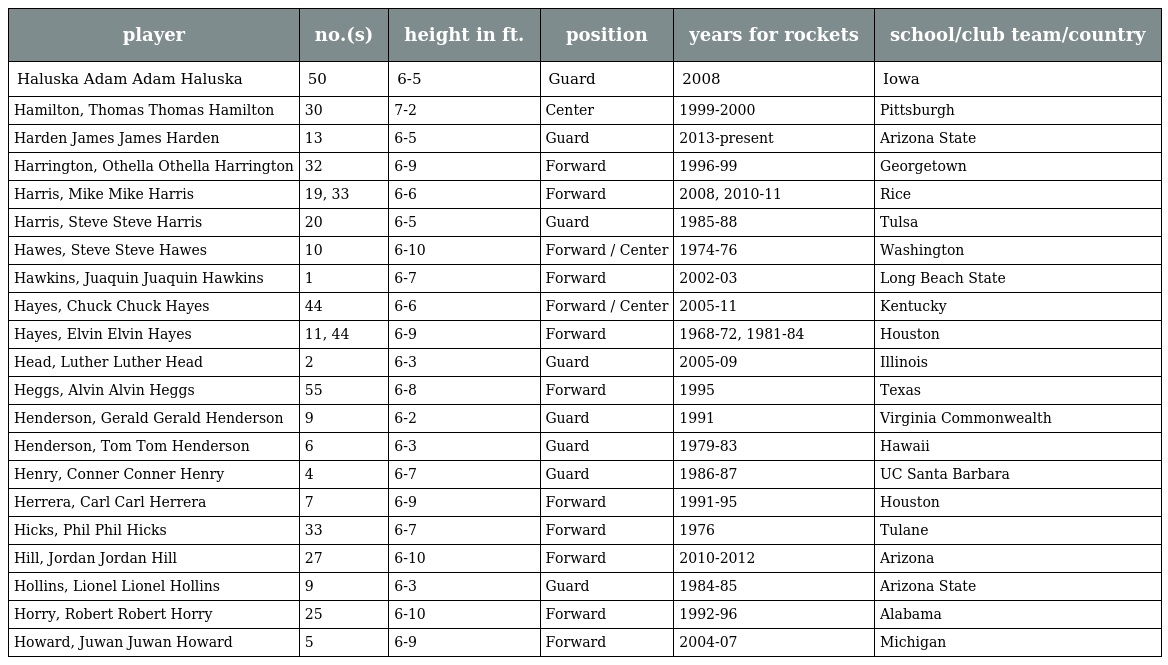
| player | no.(s) | height in ft. | position | years for rockets | school/club team/country |
 | --- | --- | --- | --- | --- | --- |
 | Haluska Adam Adam Haluska | 50 | 6-5 | Guard | 2008 | Iowa |
 | Hamilton, Thomas Thomas Hamilton | 30 | 7-2 | Center | 1999-2000 | Pittsburgh |
 | Harden James James Harden | 13 | 6-5 | Guard | 2013-present | Arizona State |
 | Harrington, Othella Othella Harrington | 32 | 6-9 | Forward | 1996-99 | Georgetown |
 | Harris, Mike Mike Harris | 19, 33 | 6-6 | Forward | 2008, 2010-11 | Rice |
 | Harris, Steve Steve Harris | 20 | 6-5 | Guard | 1985-88 | Tulsa |
 | Hawes, Steve Steve Hawes | 10 | 6-10 | Forward / Center | 1974-76 | Washington |
 | Hawkins, Juaquin Juaquin Hawkins | 1 | 6-7 | Forward | 2002-03 | Long Beach State |
 | Hayes, Chuck Chuck Hayes | 44 | 6-6 | Forward / Center | 2005-11 | Kentucky |
 | Hayes, Elvin Elvin Hayes | 11, 44 | 6-9 | Forward | 1968-72, 1981-84 | Houston |
 | Head, Luther Luther Head | 2 | 6-3 | Guard | 2005-09 | Illinois |
 | Heggs, Alvin Alvin Heggs | 55 | 6-8 | Forward | 1995 | Texas |
 | Henderson, Gerald Gerald Henderson | 9 | 6-2 | Guard | 1991 | Virginia Commonwealth |
 | Henderson, Tom Tom Henderson | 6 | 6-3 | Guard | 1979-83 | Hawaii |
 | Henry, Conner Conner Henry | 4 | 6-7 | Guard | 1986-87 | UC Santa Barbara |
 | Herrera, Carl Carl Herrera | 7 | 6-9 | Forward | 1991-95 | Houston |
 | Hicks, Phil Phil Hicks | 33 | 6-7 | Forward | 1976 | Tulane |
 | Hill, Jordan Jordan Hill | 27 | 6-10 | Forward | 2010-2012 | Arizona |
 | Hollins, Lionel Lionel Hollins | 9 | 6-3 | Guard | 1984-85 | Arizona State |
 | Horry, Robert Robert Horry | 25 | 6-10 | Forward | 1992-96 | Alabama |
 | Howard, Juwan Juwan Howard | 5 | 6-9 | Forward | 2004-07 | Michigan |